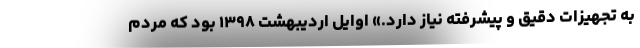
به تجهیزات دقیق و پیشرفته نیاز دارد.» اوایل اردیبهشت ۱۳۹۸ بود که مردم